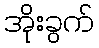
အိုးခွက်